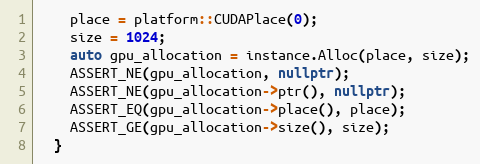
Language: C++
    place = platform::CUDAPlace(0);
    size = 1024;
    auto gpu_allocation = instance.Alloc(place, size);
    ASSERT_NE(gpu_allocation, nullptr);
    ASSERT_NE(gpu_allocation->ptr(), nullptr);
    ASSERT_EQ(gpu_allocation->place(), place);
    ASSERT_GE(gpu_allocation->size(), size);
  }